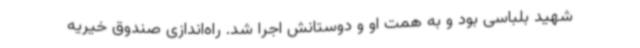
شهید بلباسی بود و به همت او و دوستانش اجرا شد. راه‌اندازی صندوق خیریه